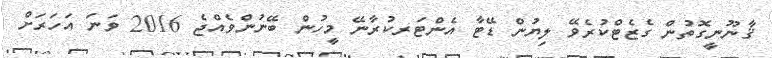
ޤާނޫނީގޮތުން ގެޒެޓްކުރެވޭ ލިޔުން ޑޭޓާ އެންޓަރކުރާނޭ މީހުން ބޭނުންވެއްޖެ 2016 ވަނަ އަހަރަށް